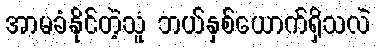
အာမခံနိုင်တဲ့သူ ဘယ်နှစ်ယောက်ရှိသလဲ